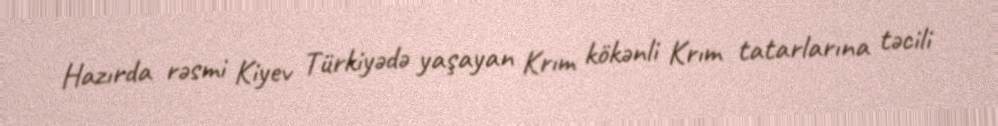
Hazırda rəsmi Kiyev Türkiyədə yaşayan Krım kökənli Krım tatarlarına təcili